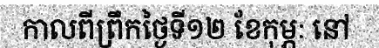
កាលពីព្រឹកថ្ងៃទី១២ ខែកុម្ភៈ នៅ